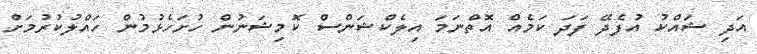
އަދި ޝައްކު އުފެދޭ ފަދަ ކަމެއް އޮތްނަމަ އިލެކްޝަންސް ކޮމިޝަނުން ހުށަހެޅުމުން ހައްލުކުރުމަށް